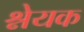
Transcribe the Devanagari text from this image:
श्नेयक